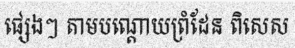
ផ្សេងៗ តាមបណ្តោយព្រំដែន ពិសេស